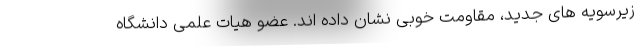
زیرسویه های جدید، مقاومت خوبی نشان داده اند. عضو هیات علمی دانشگاه